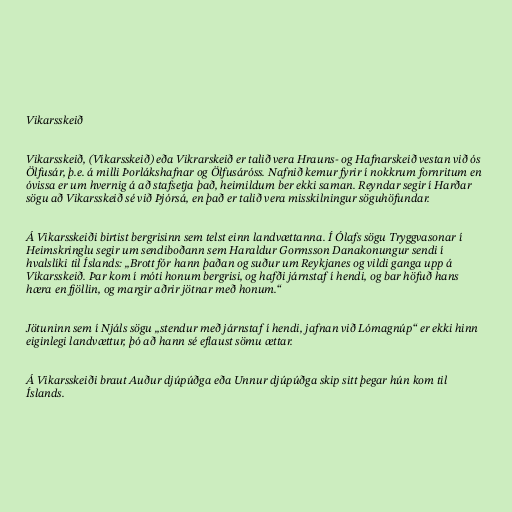
Vikarsskeið

Vikarsskeið, (Víkarsskeið) eða Vikrarskeið er talið vera Hrauns- og Hafnarskeið vestan við ós
Ölfusár, þ.e. á milli Þorlákshafnar og Ölfusáróss. Nafnið kemur fyrir í nokkrum fornritum en
óvissa er um hvernig á að stafsetja það, heimildum ber ekki saman. Reyndar segir í Harðar
sögu að Vikarsskeið sé við Þjórsá, en það er talið vera misskilningur söguhöfundar.

Á Vikarsskeiði birtist bergrisinn sem telst einn landvættanna. Í Ólafs sögu Tryggvasonar í
Heimskringlu segir um sendiboðann sem Haraldur Gormsson Danakonungur sendi í
hvalslíki til Íslands: „Brott fór hann þaðan og suður um Reykjanes og vildi ganga upp á
Víkarsskeið. Þar kom í móti honum bergrisi, og hafði járnstaf í hendi, og bar höfuð hans
hæra en fjöllin, og margir aðrir jötnar með honum.“

Jötuninn sem í Njáls sögu „stendur með járnstaf í hendi, jafnan við Lómagnúp“ er ekki hinn
eiginlegi landvættur, þó að hann sé eflaust sömu ættar.

Á Vikarsskeiði braut Auður djúpúðga eða Unnur djúpúðga skip sitt þegar hún kom til
Íslands.